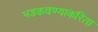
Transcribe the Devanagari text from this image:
भडकवण्याकरिता